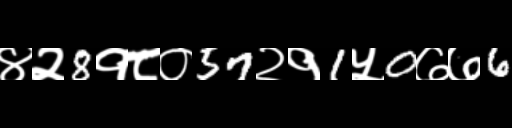
Text: ४२8१८०57२१1५0७७6